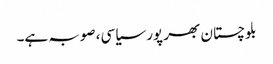
بلوچستان بھر پور سیاسی، صوبہ ہے۔